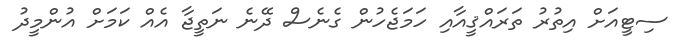
ސިޓީއަށް އިތުރު ތަރައްޤީއާއި ހަމަޖެހުން ގެނެސް ދޭނެ ނަތީޖާ އެއް ކަމަށް އުންމީދު